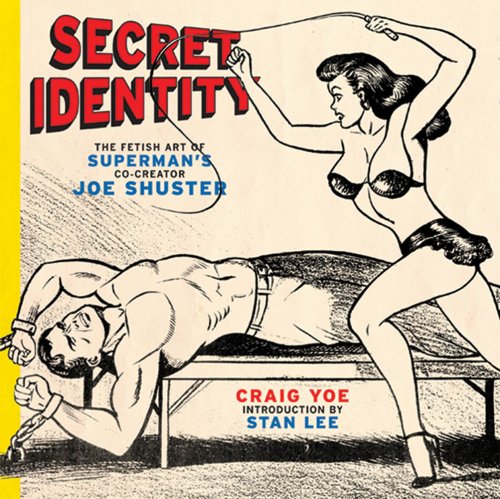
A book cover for Secret Identity: The Fetish Art of Superman's Co-Creator Joe Shuster; Craig Yoe; Comics & Graphic Novels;